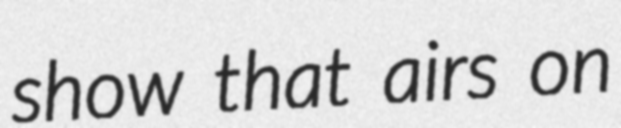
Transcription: show that airs on